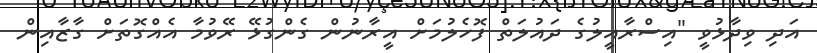
އަދި ވިދާޅުވީ "އިސްރާއީލުގެ ދައުލަތް ފޮހެލުމަށް އީރާނުން ގެންގުޅޭ ރޭވުމާ އެއްގޮތަށް ގާޒާއިން